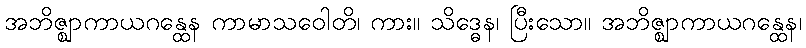
အဘိဇ္ဈာကာယဂန္ထေန ကာမာသဝေါတိ၊ ကား။ သိဒ္ဓေန၊ ပြီးသော။ အဘိဇ္ဈာကာယဂန္ထေန၊